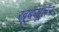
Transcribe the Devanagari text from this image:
खूबसूतर